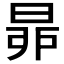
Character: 𣆻